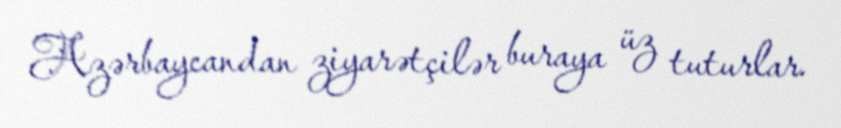
Azərbaycandan ziyarətçilər buraya üz tuturlar.